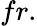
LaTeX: fr.